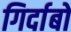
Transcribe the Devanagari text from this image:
गिर्दाबों